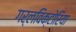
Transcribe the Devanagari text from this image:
गर्लविक्टोरिया